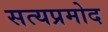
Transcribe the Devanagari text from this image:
सत्यप्रमोद